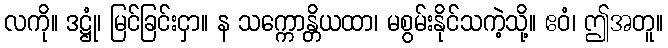
လကို။ ဒဋ္ဌုံ၊ မြင်ခြင်းငှာ။ န သက္ကောန္တိယထာ၊ မစွမ်းနိုင်သကဲ့သို့။ ဧဝံ၊ ဤအတူ။